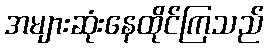
အများဆုံးနေထိုင်ကြသည်